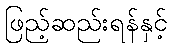
ဖြည့်ဆည်းရန်နှင့်